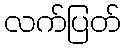
လက်ပြတ်